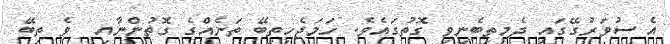
އެ ސުވަރުގޭގައި ދެމިތިބެނިވި ގޮތުގައެވެ. ހަމަޖެހިތިބޭ ތަނެއްގެ ގޮތުންނާއި  ވެ ތިބޭ